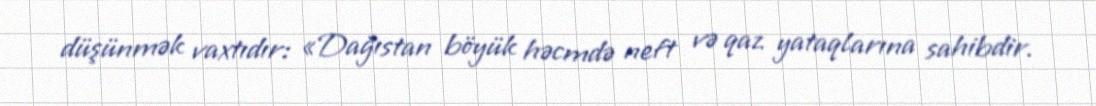
düşünmək vaxtıdır: «Dağıstan böyük həcmdə neft və qaz yataqlarına sahibdir.